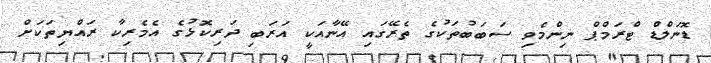
ޑޮނަލްޑް ޓްރަމްޕް ނިންމެވި ސަބަބުތަކުގެ ތެރޭގައި އޭނާއަކީ އަރަބި ދަރިކޮޅުގެ އެމެރިކާ ރައްޔިތަކަށް